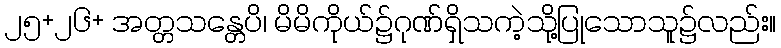
၂၅+၂၆+ အတ္တသန္တေပိ၊ မိမိကိုယ်၌ဂုဏ်ရှိသကဲ့သို့ပြုသောသူ၌လည်း။